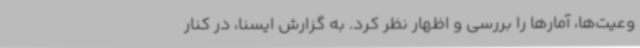
وعیت‌ها، آمارها را بررسی و اظهار نظر کرد. به گزارش ایسنا، در کنار